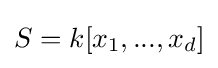
S=k[x_{1},...,x_{d}]